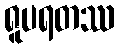
ရူပရတဿ